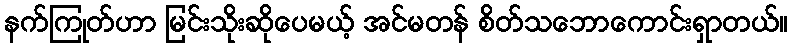
နက်ကြုတ်ဟာ မြင်းသိုးဆိုပေမယ့် အင်မတန် စိတ်သဘောကောင်းရှာတယ်။